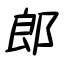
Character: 郎